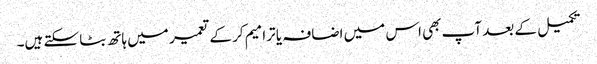
تکمیل کے بعد آپ بھی اس میں اضافہ یا ترامیم کر کے تعمیر میں ہاتھ بٹا سکتے ہیں۔